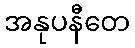
အနုပနီတေ